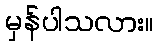
မှန်ပါသလား။